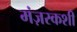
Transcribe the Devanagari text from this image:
मंज़रकशी